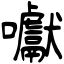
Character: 囐